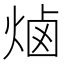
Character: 𰞭